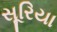
સૂરિયા